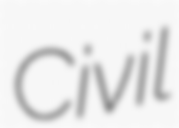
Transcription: Civil